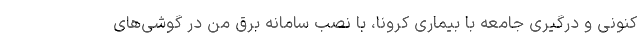
کنونی و درگیری جامعه با بیماری کرونا، با نصب سامانه برق من در گوشی‌های